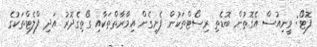
ފޮޓޯ: ވީނިއުސް އެގޮތުން ބޮޑެތި ރިސޯޓްތަކުން ފެށިގެން އިމާރާތްތަކާއި ގޯތިގެދޮރު އަދި ފްލެޓްތަކުގެ